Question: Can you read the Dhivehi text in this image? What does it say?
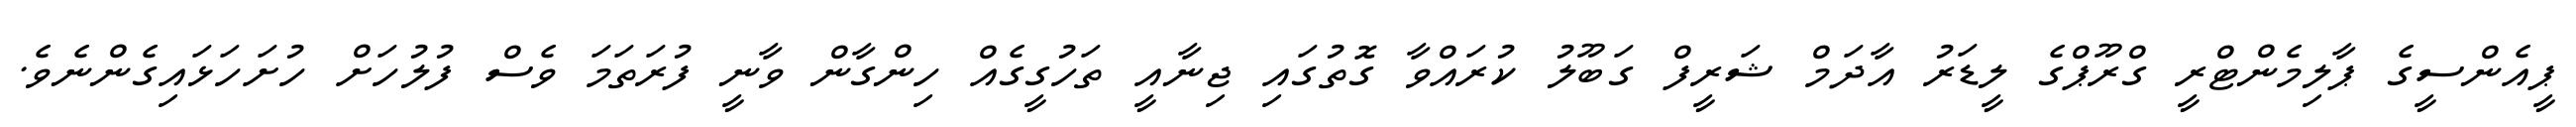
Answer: ޕީއެންސީގެ ޕާލިމެންޓްރީ ގްރޫޕްގެ ލީޑަރު އާދަމް ޝަރީފް ގަބޫލު ކުރައްވާ ގޮތުގައި ޖިނާއީ ތަހުގީގެއް ހިންގާން ވާނީ ފުރަތަމަ ވެސް ފުލުހަށް ހުށަހަޅައިގެންނެވެ.